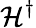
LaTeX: \mathcal{H}^{\dagger}